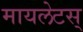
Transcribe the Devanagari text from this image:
मायलेटस्